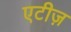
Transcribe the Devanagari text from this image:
एटीज़